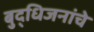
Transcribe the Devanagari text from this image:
बुद्धिजनांचे